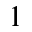
_ 1